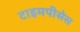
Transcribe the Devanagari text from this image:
टाइमपीसेस